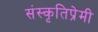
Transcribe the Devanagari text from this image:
संस्कृतिप्रेमी